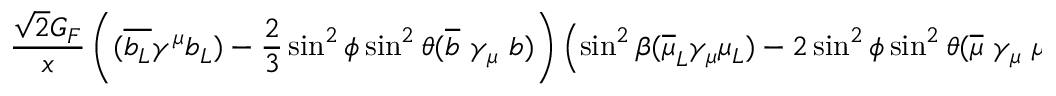
\frac { \sqrt { 2 } G _ { F } } { x } \left( ( \overline { { { b _ { L } } } } \gamma ^ { \mu } b _ { L } ) - \frac { 2 } { 3 } \sin ^ { 2 } \phi \sin ^ { 2 } \theta ( \overline { { { b } } } \ \gamma _ { \mu } \ b ) \right) \left( \sin ^ { 2 } \beta ( \overline { { { \mu } } } _ { L } \gamma _ { \mu } \mu _ { L } ) - 2 \sin ^ { 2 } \phi \sin ^ { 2 } \theta ( \overline { { { \mu } } } \ \gamma _ { \mu } \ \mu ) \right) .